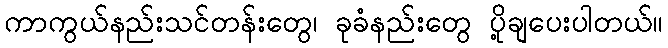
ကာကွယ်နည်းသင်တန်းတွေ၊ ခုခံနည်းတွေ ပို့ချပေးပါတယ်။